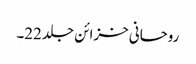
روحانی خزائن جلد 22۔